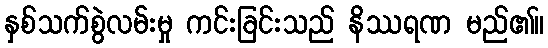
နှစ်သက်စွဲလမ်းမှု ကင်းခြင်းသည် နိဿရဏ မည်၏။